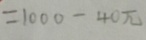
= 1 0 0 0 - 4 0 \pi